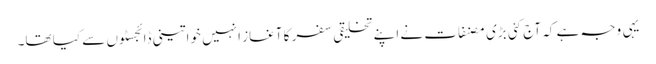
یہی وجہ ہے کہ آج کئی بڑی مصنفات نے اپنے تخلیقی سفر کا آغاز انہیں خواتینی ڈائجسٹوں سے کیا تھا۔